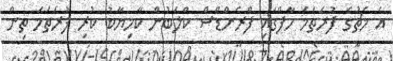
އެ މެޗުގެ ފުރަތަމަ ހާފްގައި ފްރެންޑްސް ކްލަބުން ކާމިޔާބު ކުރި ފުރަތަމަ ތިން